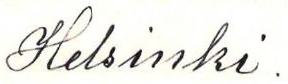
Helsinki.